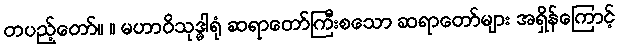
တပည့်တော်။ ။ မဟာဝိသုဒ္ဓါရုံ ဆရာတော်ကြီးစသော ဆရာတော်များ အရှိန်ကြောင့်